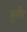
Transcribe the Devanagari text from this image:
सुगीप